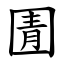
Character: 圊